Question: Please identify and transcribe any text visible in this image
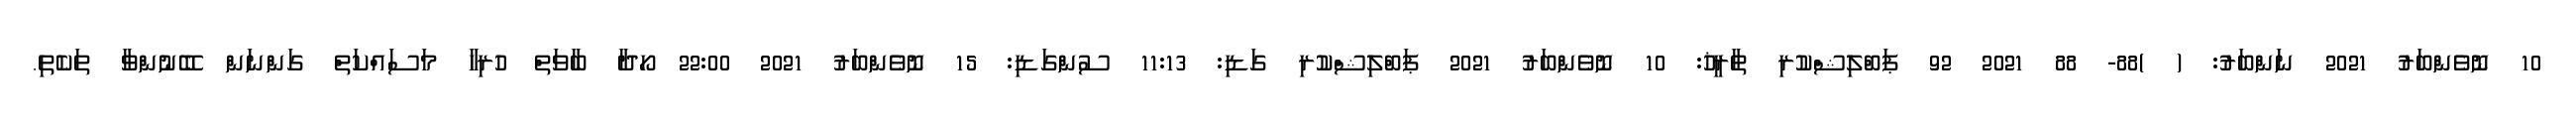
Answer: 10 ނޮވެންބަރު 2021 ނަންބަރު: ( )88- 88 2021 92 ޕަބްލިޝްކުރި ތާރީޚު: 10 ނޮވެންބަރު 2021 ޕަބްލިޝްކުރި ގަޑި: 11:13 ސުންގަޑި: 15 ނޮވެންބަރު 2021 22:00 ހޯދާ ބާވަތް ހުރިހާ މަސައްކަތް ގަންނަން ބޭނުންވާ ތަކެތި.